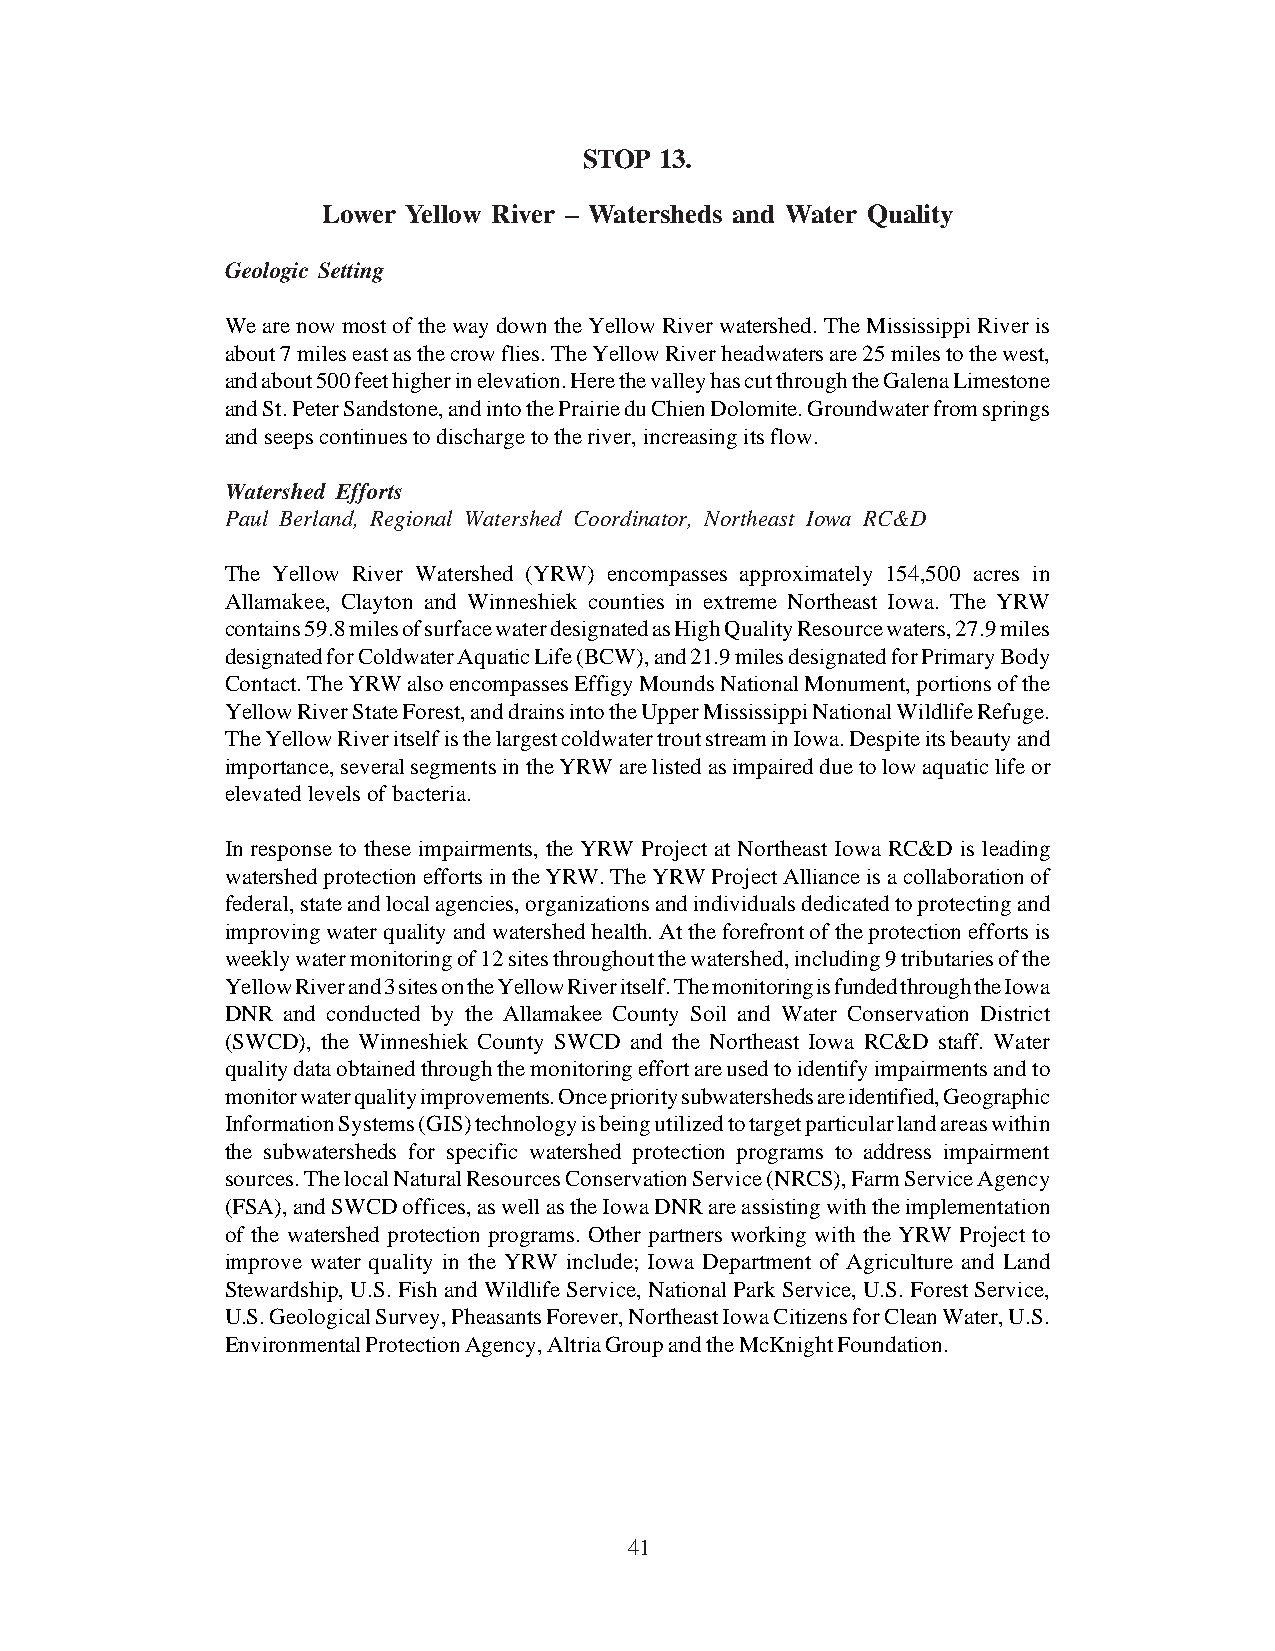
STOP 13.
 Lower Yellow River – Watersheds and Water Quality
 Geologic Setting
 We are now most of the way down the Yellow River watershed. The Mississippi River is
 about 7 miles east as the crow flies. The Yellow River headwaters are 25 miles to the west,
 and about 500 feet higher in elevation. Here the valley has cut through the Galena Limestone
 and St. Peter Sandstone, and into the Prairie du Chien Dolomite. Groundwater from springs
 and seeps continues to discharge to the river, increasing its flow.
 Watershed Efforts
 Paul Berland, Regional Watershed Coordinator, Northeast Iowa RC&D
 The Yellow River Watershed (YRW) encompasses approximately 154,500 acres in
 Allamakee, Clayton and Winneshiek counties in extreme Northeast Iowa. The YRW
 contains 59.8 miles of surface water designated as High Quality Resource waters, 27.9 miles
 designated for Coldwater Aquatic Life (BCW), and 21.9 miles designated for Primary Body
 Contact. The YRW also encompasses Effigy Mounds National Monument, portions of the
 Yellow River State Forest, and drains into the Upper Mississippi National Wildlife Refuge.
 The Yellow River itself is the largest coldwater trout stream in Iowa. Despite its beauty and
 importance, several segments in the YRW are listed as impaired due to low aquatic life or
 elevated levels of bacteria.
 In response to these impairments, the YRW Project at Northeast Iowa RC&D is leading
 watershed protection efforts in the YRW. The YRW Project Alliance is a collaboration of
 federal, state and local agencies, organizations and individuals dedicated to protecting and
 improving water quality and watershed health. At the forefront of the protection efforts is
 weekly water monitoring of 12 sites throughout the watershed, including 9 tributaries of the
 Yellow River and 3 sites on the Yellow River itself. The monitoring is funded through the Iowa
 DNR and conducted by the Allamakee County Soil and Water Conservation District
 (SWCD), the Winneshiek County SWCD and the Northeast Iowa RC&D staff. Water
 quality data obtained through the monitoring effort are used to identify impairments and to
 monitor water quality improvements. Once priority subwatersheds are identified, Geographic
 Information Systems (GIS) technology is being utilized to target particular land areas within
 the subwatersheds for specific watershed protection programs to address impairment
 sources. The local Natural Resources Conservation Service (NRCS), Farm Service Agency
 (FSA), and SWCD offices, as well as the Iowa DNR are assisting with the implementation
 of the watershed protection programs. Other partners working with the YRW Project to
 improve water quality in the YRW include; Iowa Department of Agriculture and Land
 Stewardship, U.S. Fish and Wildlife Service, National Park Service, U.S. Forest Service,
 U.S. Geological Survey, Pheasants Forever, Northeast Iowa Citizens for Clean Water, U.S.
 Environmental Protection Agency, Altria Group and the McKnight Foundation.
 41